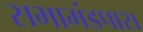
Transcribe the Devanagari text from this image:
सभामंडपास